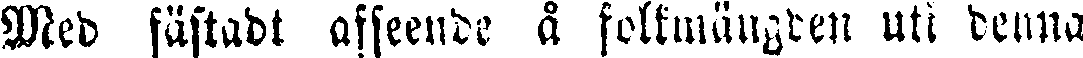
Med fästadt afseende å folkmängden uti denna